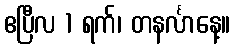
ဧပြီလ 1 ရက်၊ တနင်္လာနေ့။